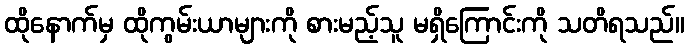
ထိုနောက်မှ ထိုကွမ်းယာများကို စားမည့်သူ မရှိကြောင်းကို သတိရသည်။